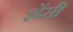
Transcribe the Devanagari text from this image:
शेंसी